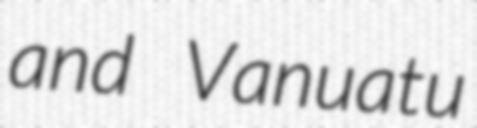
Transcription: and Vanuatu